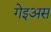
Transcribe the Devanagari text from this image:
गेइअस